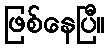
ဖြစ်နေပြီ။